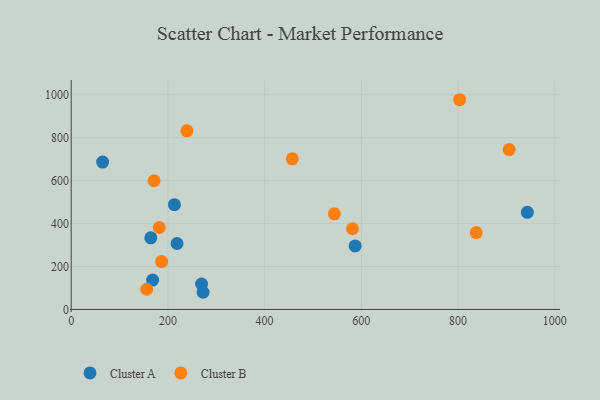
{"axis": {"x": "Speed", "y": "Exam Score"}, "legend": ["Cluster A", "Cluster B"], "data": [{"x": "943.4", "y": 452.2, "type": "Cluster A"}, {"x": "168.4", "y": 136.6, "type": "Cluster A"}, {"x": "213.5", "y": 488.2, "type": "Cluster A"}, {"x": "269.7", "y": 118.5, "type": "Cluster A"}, {"x": "272.7", "y": 80.0, "type": "Cluster A"}, {"x": "587.2", "y": 296.0, "type": "Cluster A"}, {"x": "65.0", "y": 686.6, "type": "Cluster A"}, {"x": "164.6", "y": 333.4, "type": "Cluster A"}, {"x": "218.9", "y": 307.3, "type": "Cluster A"}, {"x": "156.2", "y": 94.2, "type": "Cluster B"}, {"x": "457.2", "y": 701.4, "type": "Cluster B"}, {"x": "187.0", "y": 223.0, "type": "Cluster B"}, {"x": "171.4", "y": 599.4, "type": "Cluster B"}, {"x": "182.2", "y": 381.7, "type": "Cluster B"}, {"x": "544.3", "y": 445.4, "type": "Cluster B"}, {"x": "239.2", "y": 831.9, "type": "Cluster B"}, {"x": "905.8", "y": 744.9, "type": "Cluster B"}, {"x": "581.7", "y": 375.9, "type": "Cluster B"}, {"x": "837.6", "y": 358.2, "type": "Cluster B"}, {"x": "803.4", "y": 976.9, "type": "Cluster B"}]}